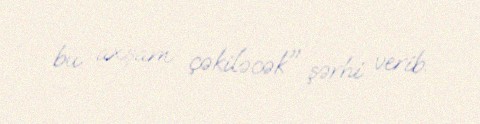
bu axşam çəkiləcək" şərhi verib.